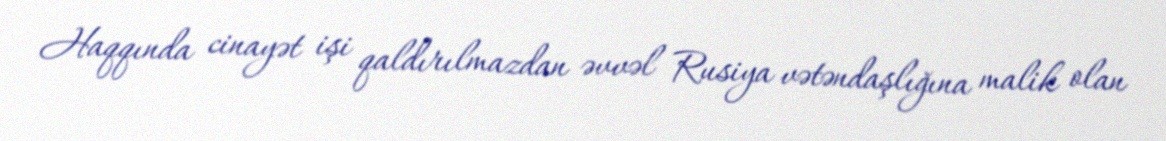
Haqqında cinayət işi qaldırılmazdan əvvəl Rusiya vətəndaşlığına malik olan